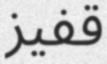
قفيز